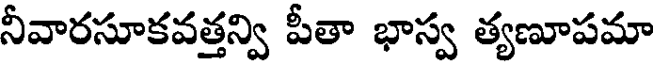
నీవారసూకవత్తన్వి పీతా భాస్వ త్యణూపమా